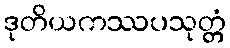
ဒုတိယကဿပသုတ္တံ